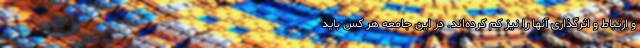
و ارتباط و اثرگذاری آنها را نیز کم کرده‌اند. در این جامعه هر کس باید